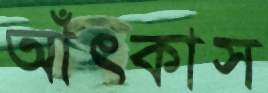
আঁৎকাস